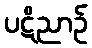
ပဋိညာဉ်